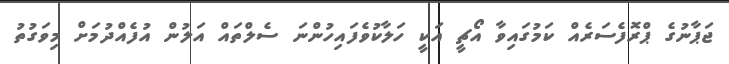
ޖަޕާނުގެ ޕްރޮފެސަރެއް ކަމުގައިވާ އޯޗީ އަކީ ހަލާކުވެފައިހުންނަ ސެލްތައް އަލުން އުފެއްދުމަށް މިވަގުތު